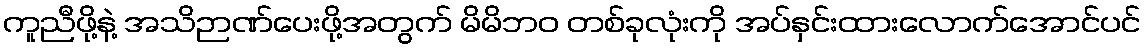
ကူညီဖို့နဲ့ အသိဉာဏ်ပေးဖို့အတွက် မိမိဘဝ တစ်ခုလုံးကို အပ်နှင်းထားလောက်အောင်ပင်